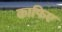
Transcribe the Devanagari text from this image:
काफिए